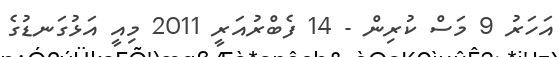
އަހަރު 9 މަސް ކުރިން - 14 ފެބްރުއަރީ 2011 މިއީ އަޅުގަނޑުގެ